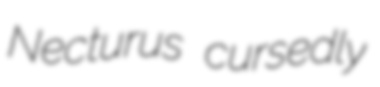
Necturus cursedly